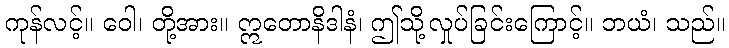
ကုန်လင့်။ ဝေါ၊ တို့အား။ ဣတောနိဒါနံ၊ ဤသို့လှုပ်ခြင်းကြောင့်။ ဘယံ၊ သည်။